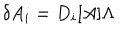
\delta A _ { i } = D _ { i } [ A ] \Lambda